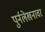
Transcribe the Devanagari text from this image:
पुर्नलेखनावर